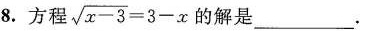
8.方程 $$\sqrt{x-3}=3-x$$ 的解是_____ __。